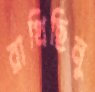
রাখিছিনু